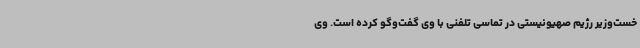
خست‌وزیر رژیم صهیونیستی در تماسی تلفنی با وی گفت‌وگو کرده است. وی